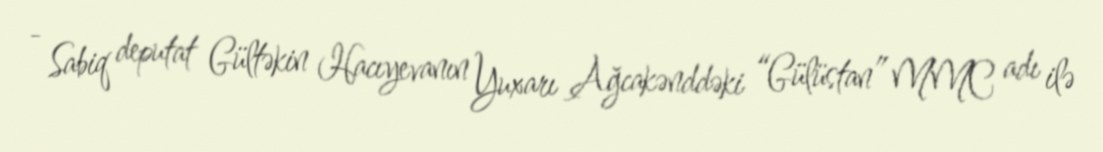
- Sabiq deputat Gültəkin Hacıyevanın Yuxarı Ağcakənddəki “Gülüstan” MMC adı ilə